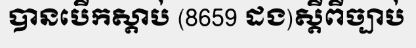
បានបើកស្តាប់ (8659 ដង)ស្តីពីច្បាប់